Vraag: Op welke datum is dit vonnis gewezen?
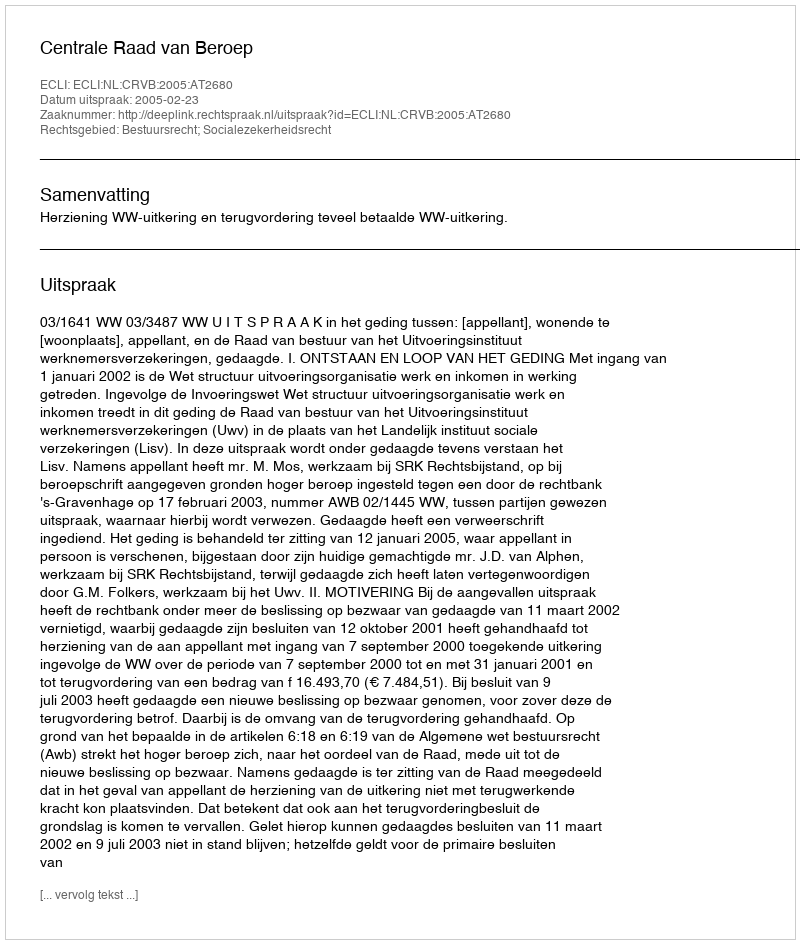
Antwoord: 2005-02-23